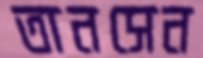
তানসেন